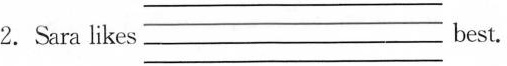
2.Sara likes _________best.